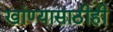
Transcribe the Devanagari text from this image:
खांण्यासाठीही